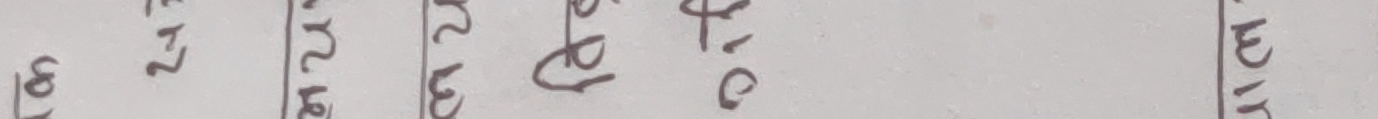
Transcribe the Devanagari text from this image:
३.१७/७/६३ बा २२४८ /०.१४/ वा १२३८